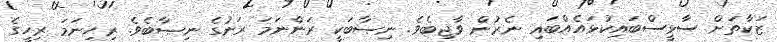
ޒަކާތަށް ސާޅީސްބައިކުޅައެއްބައި ނެރުން ވާޖިބެވެ. ނިޞާބަކީ ރަންނަމަ ރަނުގެ ނިޞާބެވެ. ރިހިނަމަ ރިހީގެ